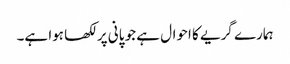
ہمارے گریے کا احوال ہے جو پانی پر لکھا ہوا ہے۔